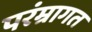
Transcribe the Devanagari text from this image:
परंम्रागत